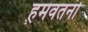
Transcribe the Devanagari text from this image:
हमवतनों